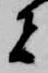
者